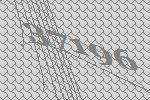
37196